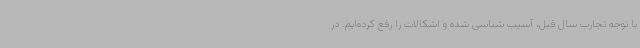
با توجه تجارب سال قبل، آسیب شناسی شده و اشکالات را رفع کرده‌ایم. در